Lunatic asylums Central Provinces reports 1895-1909 - 1895-1909
Year: 1895
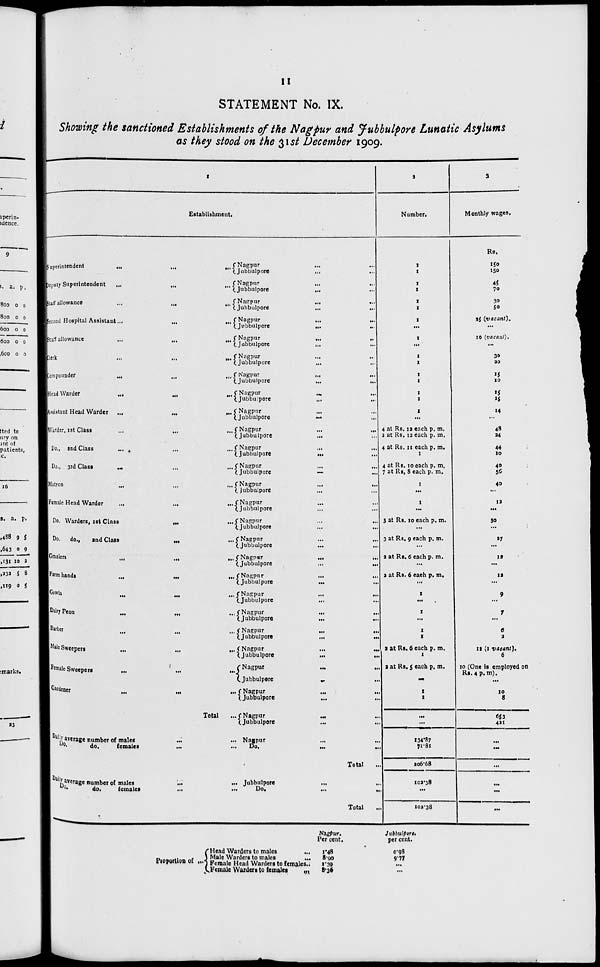
11
STATEMENT No. IX.
Showing the sanctioned Establishments of the Nagpur and Jubbulpore Lunatic Asylums
as they stood on the 31st December 1909.
1
Establishment.
Superintendent
...
...
...
Deputy Superintendent
...
...
...
Staff allowance
...
...
...
Second Hospital Assistant
...
...
...
Staff allowance
...
...
...
Clerk
...
...
...
Compounder
...
...
...
Head Warder
...
...
...
Assistant Head Warder
...
...
...
Warder, 1st Class
...
...
...
Do., and Class ... ... ...
Do., 3rd Class
...
...
...
Matron ... ... ...
Female Head Warder ... ... ...
Do. Warders, 1st Class ... ... ...
Do. do.,
and Class ... ... ...
Graziers ... ... ...
Farm hands ... ... ...
Gowla
...
...
...
Daily Peon ... ... ...
Barber ... ... ...
Male Sweepers ... ... ...
Female Sweepers ... ... ...
Gardener ... ... ...
Total ...
Daily average number of males ... ...
Do.
do.
females ... ...
Nagpur ... ...
Jubbulpore
...
...
Nagpur
...
...
Jubbulpore
...
...
Nagpur
...
...
Jubbulpore
...
...
Nagpur ... ...
Jubbulpore
...
...
Nagpur ... ...
Jabbulpore
...
...
Nagpur ... ...
Jubbulpore ... ...
Nagpur
...
...
Jubbulpore ... ...
Nagpur ... ...
Jubbulpore
...
...
Nagpur ... ...
Jubbulpore
...
...
Nagpur ... ...
Jubbulpore
...
...
Nagpur
...
...
Jubbulpore ... ...
Nagpur ... ...
Jubbulpore
...
...
Nagpur
...
...
Jubbulpore ... ...
Nagpur ... ...
Jubbulpore ... ...
Nagpur
...
...
Jubbulpore
...
...
Nagpur ... ...
Jubbulpore ... ...
Nagpur ... ...
Jubbulpore
...
...
Nagpur ... ...
Jubbulpore ... ...
Nagpur ... ...
Jubbulpore ... ...
Nagpur
...
...
Jubbulpore
...
...
Nagpur
...
...
Jubbulpore
...
...
Nagpur ... ...
Jubbulpore
...
...
Nagpur
...
...
Jubbulpore
...
...
Nagpur
...
...
Jubbulpore
...
...
Nagpur
...
...
Jubbulpore
...
...
Nagpur
...
...
Do.
...
...
Total ...
Daily average number of males ... ...
Do.
do.
females ... ...
Jubbulpore ... ...
Do.
...
...
Total ...
2
Number.
1
1
1
1
1
1
1
...
1
...
1
1
1
1
1
1
1
...
4 at Rs. 12 each p. m.
2 at Rs. 12 each p. m.
4 at Rs. 11 each p. m.
1
4 at Rs. 10 each p. m.
7 at Rs, 8 each p. m.
1
...
1
...
5 at Rs. 10 each p. m.
...
3 at Rs. 9 each p. m.
...
2 at Rs. 6 each p.m.
...
2 at Rs. 6 eaeh p. m.
...
1
...
1
...
1
1
2 at Rs. 6 each p. m.
1
2 at Rs. 5 each p. m.
...
1
1
...
...
134.87
71.81
206.68
102.38
...
102.38
3
Monthly wages.
Rs.
150
150
45
70
30
50
35 (vacant).
...
10 (vacant).
...
30
20
15
10
15
15
14
...
48
24
44
10
40
50
40
...
12
...
30
...
27
...
12
...
12
...
9
...
7
...
6
2
12 (1 vacant).
6
10 (One is employed on
Rs. 4 p. m).
...
10
8
653
421
...
...
...
...
...
...
Proportion of ...
Head Warders to males
...
Male Warders to males
...
Female Head Warders to females ...
Female Warders to females
...
Nagpur.
Per cent.
1.48
8.90
1.39
8.36
Jubbulpore.
per cent.
0.98
9.77
...
...